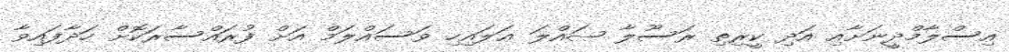
އިސްލާމްދީނަށާއި އަދި ކީރިތި ރަސޫލާ ޞައްލަ ޢަލައިހި ވަސައްލަމް އަށް ފުރައްސާރަކޮށް ހަދާފައިވާ